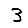
Digit: 3